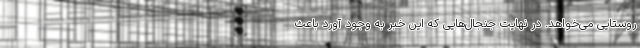
روستایی می‌خواهد. در نهایت جنجال‌هایی که این خبر به وجود آورد باعث